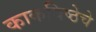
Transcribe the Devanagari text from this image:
काकविष्ठेचे